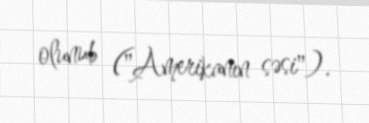
olunub ("Amerikanın səsi").